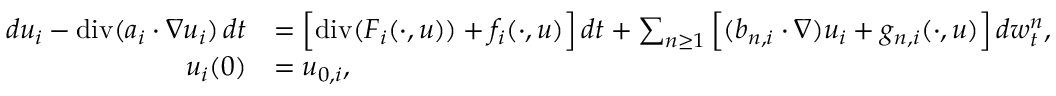
\begin{array} { r l } { d u _ { i } - \normalfont { \mathrm { d i v } } ( a _ { i } \cdot \nabla u _ { i } ) \, d t } & { = \Big [ \normalfont { \mathrm { d i v } } ( F _ { i } ( \cdot , u ) ) + f _ { i } ( \cdot , u ) \Big ] \, d t + \sum _ { n \geq 1 } \Big [ ( b _ { n , i } \cdot \nabla ) u _ { i } + g _ { n , i } ( \cdot , u ) \Big ] \, d w _ { t } ^ { n } , } \\ { u _ { i } ( 0 ) } & { = u _ { 0 , i } , } \end{array}